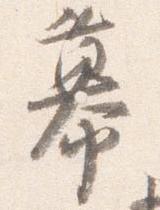
幕